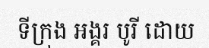
ទីក្រុង អង្គរ បូរី ដោយ